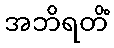
အဘိရတိံ